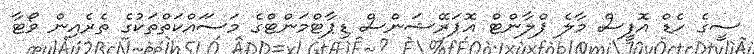
ސީގެ ހެޑް އޮފީސް މާލެ ޕްލާންޓް އޮޕަރޭޝަންސް ޑިޕާޓްމަންޓްގެ މަސަައްކަތްތަކުގެ ތެރެއިން ވޯޓާ